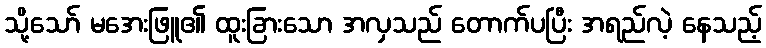
သို့သော် မအေးဖြူ၏ ထူးခြားသော အလှသည် တောက်ပပြီး အရည်လဲ့ နေသည့်